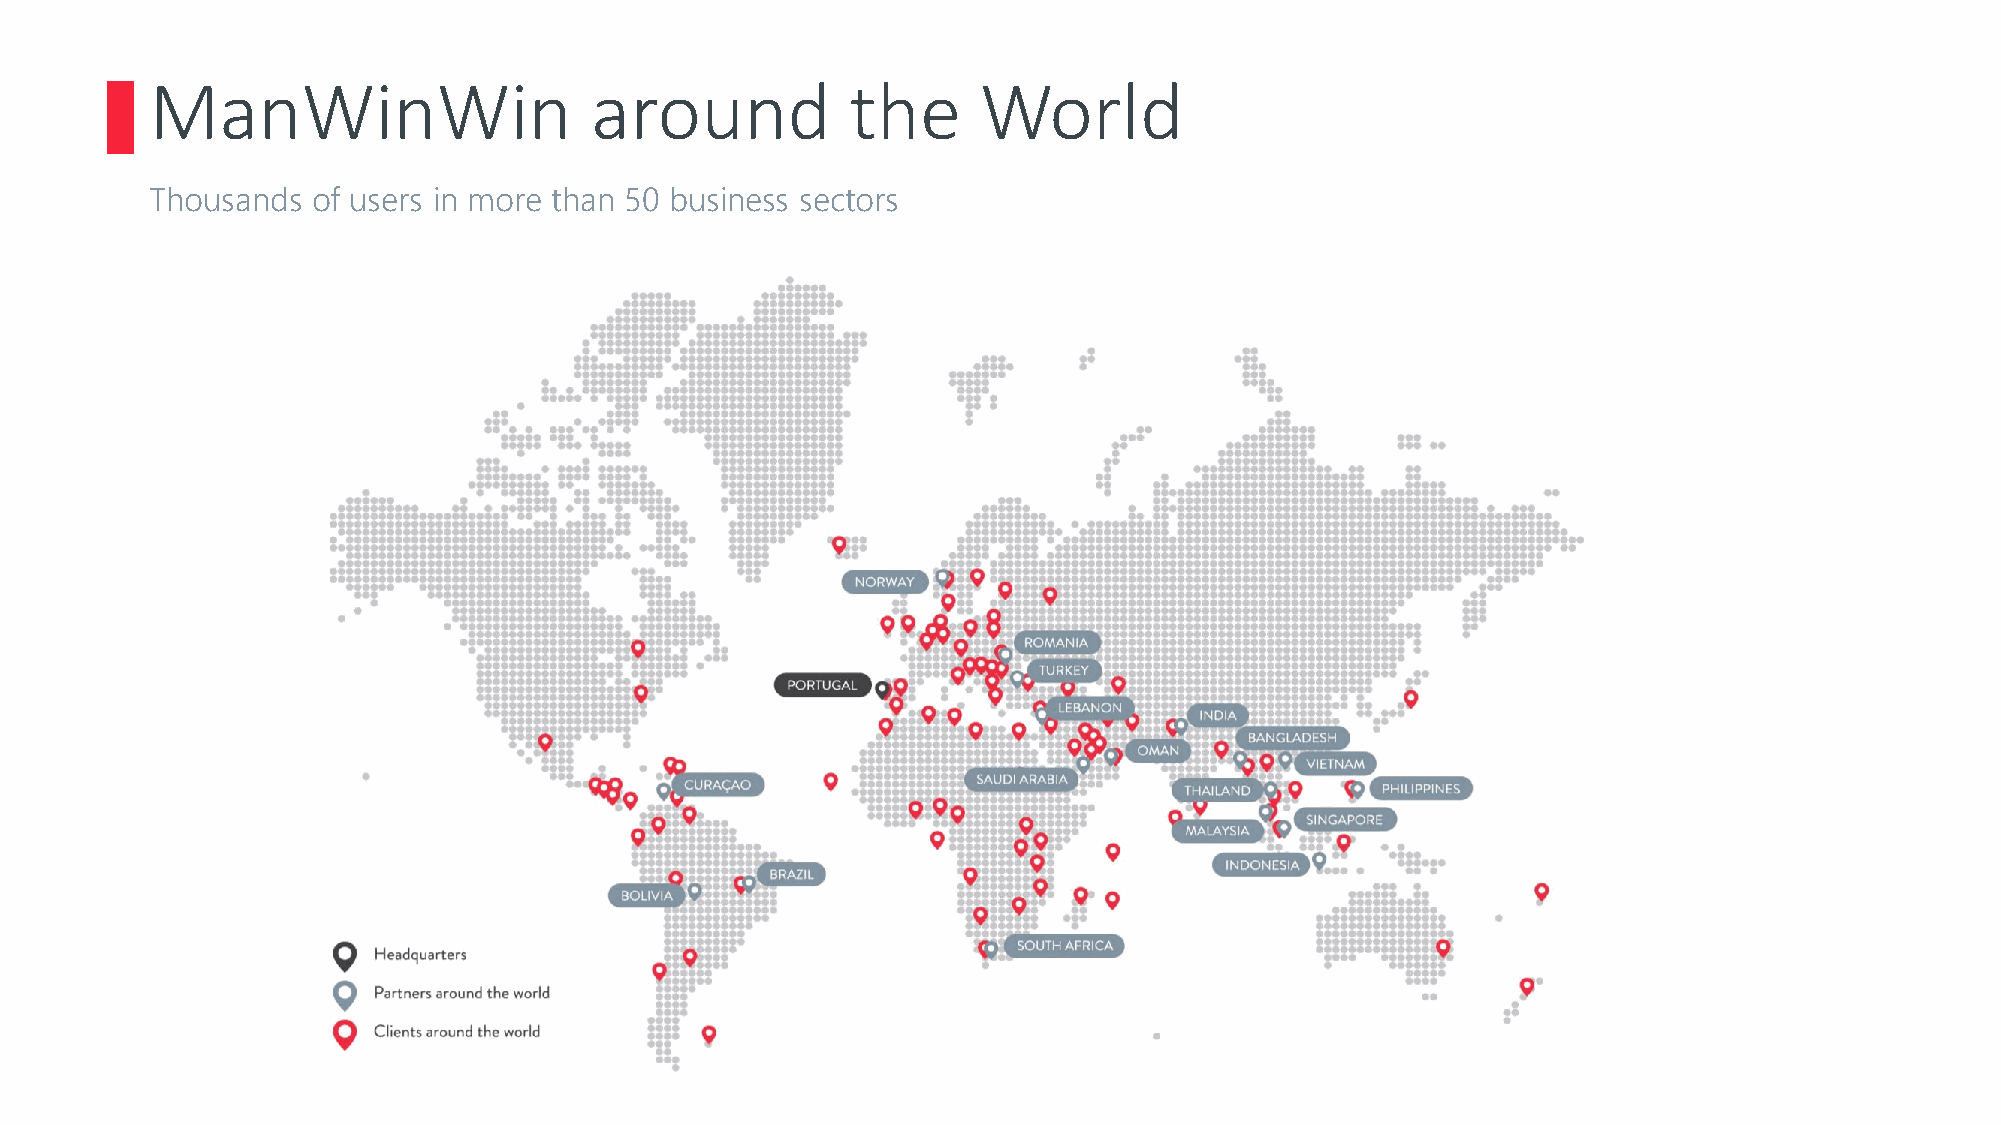
ManWinWin                    around           the      World
 Thousands  of users in more than 50 business sectors